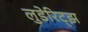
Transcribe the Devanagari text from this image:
लुडेरिट्झ